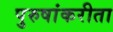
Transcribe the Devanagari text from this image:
पुरुषांकरीता